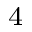
_ 4